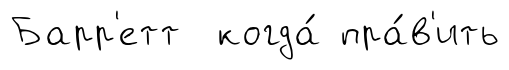
Барр'етт когда́ пра́в'ить